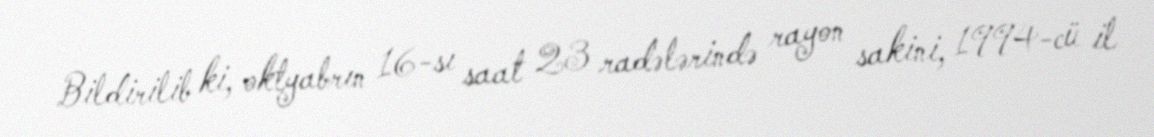
Bildirilib ki, oktyabrın 16-sı saat 23 radələrində rayon sakini, 1994-cü il